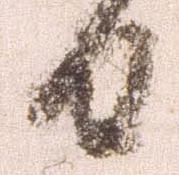
日